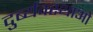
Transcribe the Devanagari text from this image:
दुर्ब्यवस्थाओ